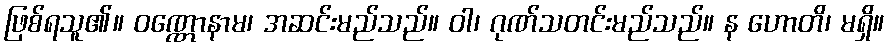
ဖြစ်ရသူ၏။ ဝဏ္ဏောနာမ၊ အဆင်းမည်သည်။ ဝါ၊ ဂုဏ်သတင်းမည်သည်။ န ဟောတိ၊ မရှိ။